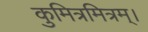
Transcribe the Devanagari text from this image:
कुमित्रमित्रम्।